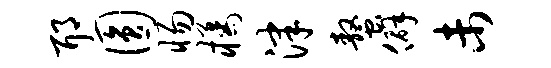
耶圆惕橘津螯僻未